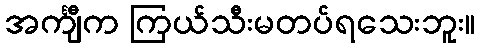
အင်္ကျီက ကြယ်သီးမတပ်ရသေးဘူး။